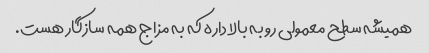
همیشه سطح معمولی رو به بالا داره که به مزاج همه سازگار هست.